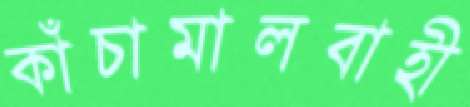
কাঁচামালবাহী